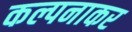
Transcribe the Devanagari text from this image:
कल्पनाकर